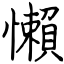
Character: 懶